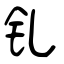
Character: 钆